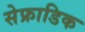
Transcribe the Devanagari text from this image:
सेफ्राडिक